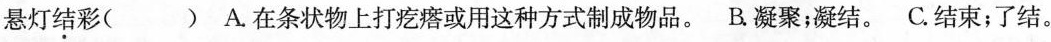
悬灯结彩()A.在条状物上打疙瘩或用这种方式制成物品。B凝聚；凝结。C.结束；了结。